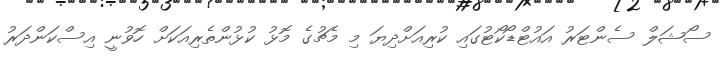
ސޯޝަލް ސެންޓަރު އައުޓްޑޯކޯޓުގައި ކުރިއަށްދިޔަ މި މެޗުގެ މޮޅު ކުޅުންތެރިއަކަށް ހޮވުނީ އިސްކަންދަރު